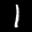
Label: 1